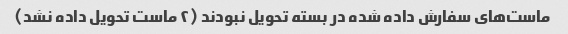
ماست‌های سفارش داده شده در بسته تحویل نبودند (۲ ماست تحویل داده نشد)